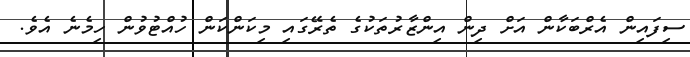
ސިފައިން އެރްބަކާން އަށް ދިން އިންޒާރުތަކުގެ ތެރޭގައި މިކަންކަން ހުއްޓުވުން ހިމެނެ އެވެ.